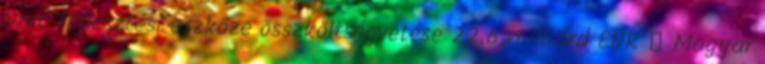
Unió fejlesztési eszköze összköltségvetése 22,6 milliárd EUR → Magyar